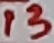
Text: 13